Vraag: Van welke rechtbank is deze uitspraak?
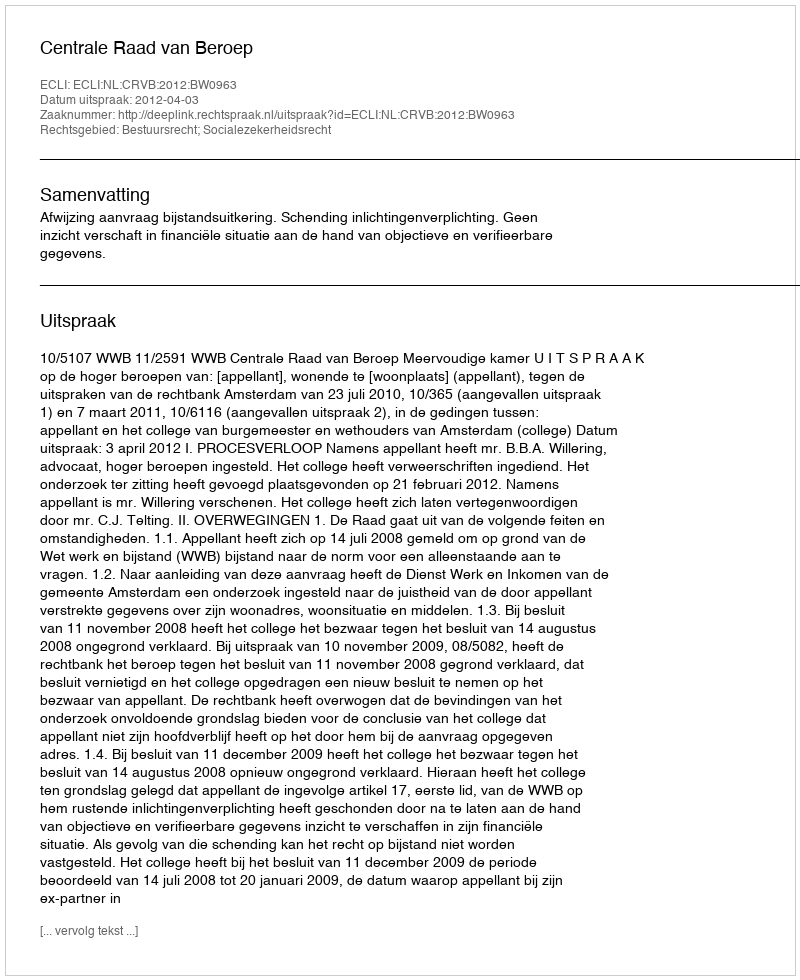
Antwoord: Centrale Raad van Beroep